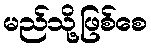
မည်သို့ဖြစ်စေ